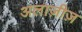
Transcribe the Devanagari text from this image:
अलाज़ीज़